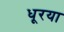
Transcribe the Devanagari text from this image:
धूरया